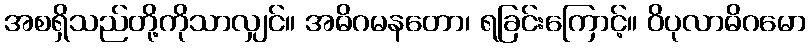
အစရှိသည်တို့ကိုသာလျှင်။ အဓိဂမနတော၊ ရခြင်းကြောင့်။ ဝိပုလာဓိဂမော